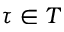
\tau \in T